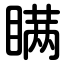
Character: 瞒